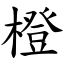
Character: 橙